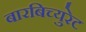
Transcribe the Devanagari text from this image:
बारबिच्युरेट